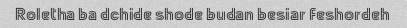
Roletha ba dchide shode budan besiar feshordeh